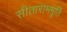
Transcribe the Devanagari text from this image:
सीताराममूर्ति